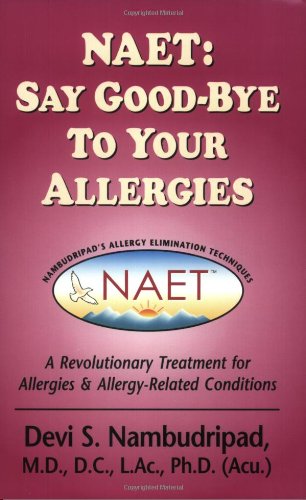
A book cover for NAET: Say Good-Bye to Your Allergies; Devi S. Nambudripad; Health, Fitness & Dieting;